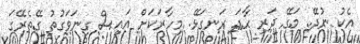
އެކު ނުދޭ. މަގޭ ދަރި ހާދަ ރަނގަޅޭ. މިހާރަކަށް އައިސް ގިނަވަގުތު ގޭތެރޭގަ